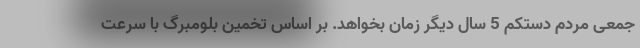
جمعی مردم دستکم 5 سال دیگر زمان بخواهد. بر اساس تخمین بلومبرگ با سرعت